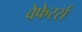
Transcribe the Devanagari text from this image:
वेफेरर्स